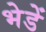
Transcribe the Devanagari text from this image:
भेडें